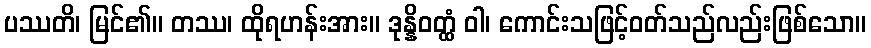
ပဿတိ၊ မြင်၏။ တဿ၊ ထိုရဟန်းအား။ ဒုန္နိဝတ္ထံ ဝါ၊ ကောင်းသဖြင့်ဝတ်သည်လည်းဖြစ်သော။